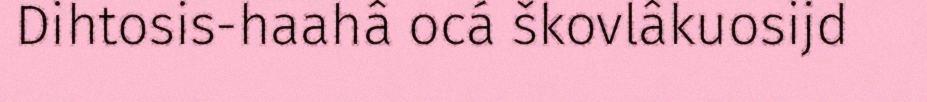
Dihtosis-haahâ ocá škovlâkuosijd